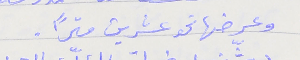
وعرضها نحو عشرين متراً.